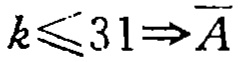
$k\leqslant 31\Rightarrow \overline{A}$